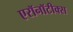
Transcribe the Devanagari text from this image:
एरॉनॉटीक्स